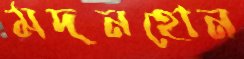
মদনহোন